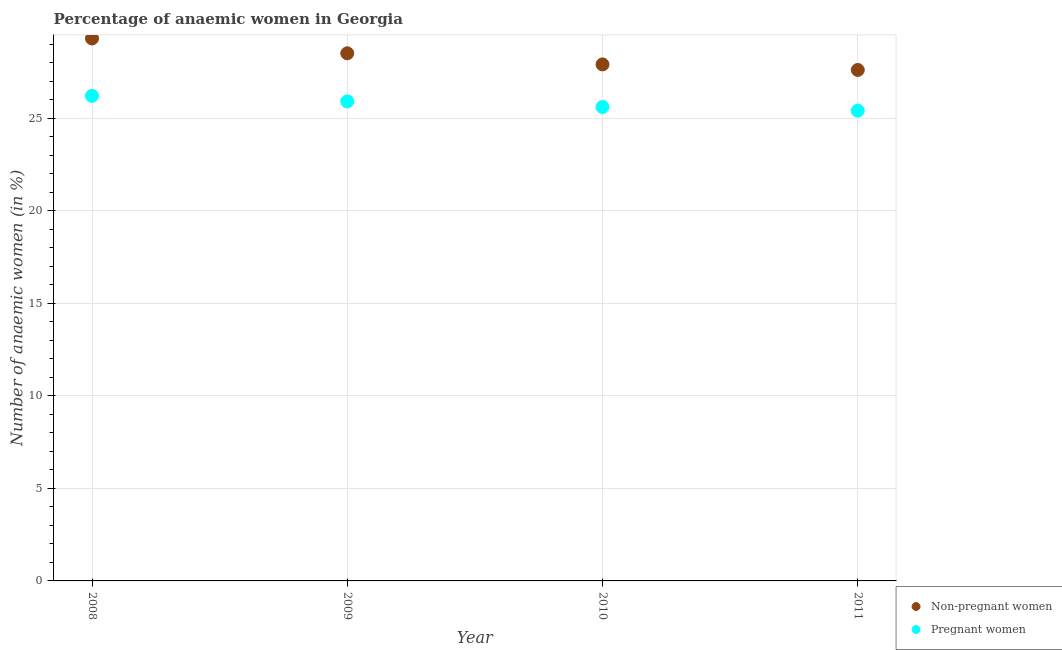
| Year | Non-pregnant women | Pregnant women |
 | --- | --- | --- |
 | 2008 | 29.3 | 26.2 |
 | 2009 | 28.5 | 25.9 |
 | 2010 | 27.9 | 25.6 |
 | 2011 | 27.6 | 25.4 |